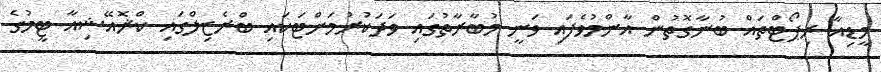
މީޑިއާ ރިޕޯޓްތައް ބުނާގޮތުން އާންމުވެފައި ވަނީ މުބާރާތުގައި ވަދަކުރުމަށްޓަކައި ބްރެޒިލްގައި ކްޜޮއޭޝިއާ ޓީމުގެ